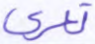
تعرى